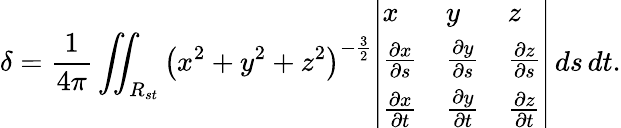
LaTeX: \delta={\frac{1}{4\pi}}\iint_{R_{st}}\left(x^{2}+y^{2}+z^{2}\right)^{-{\frac{3}{2}}}{\left|\begin{array}{lll}{x}&{y}&{z}\\ {{\frac{\partial x}{\partial s}}}&{{\frac{\partial y}{\partial s}}}&{{\frac{\partial z}{\partial s}}}\\ {{\frac{\partial x}{\partial t}}}&{{\frac{\partial y}{\partial t}}}&{{\frac{\partial z}{\partial t}}}\end{array}\right|}\, ds\, dt.